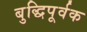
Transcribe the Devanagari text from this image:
बुद्धिपूर्वक